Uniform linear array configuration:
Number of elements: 64
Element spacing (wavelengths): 1
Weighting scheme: hann
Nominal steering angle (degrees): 60
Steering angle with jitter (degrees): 61.876
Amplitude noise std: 0.05
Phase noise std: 0.05

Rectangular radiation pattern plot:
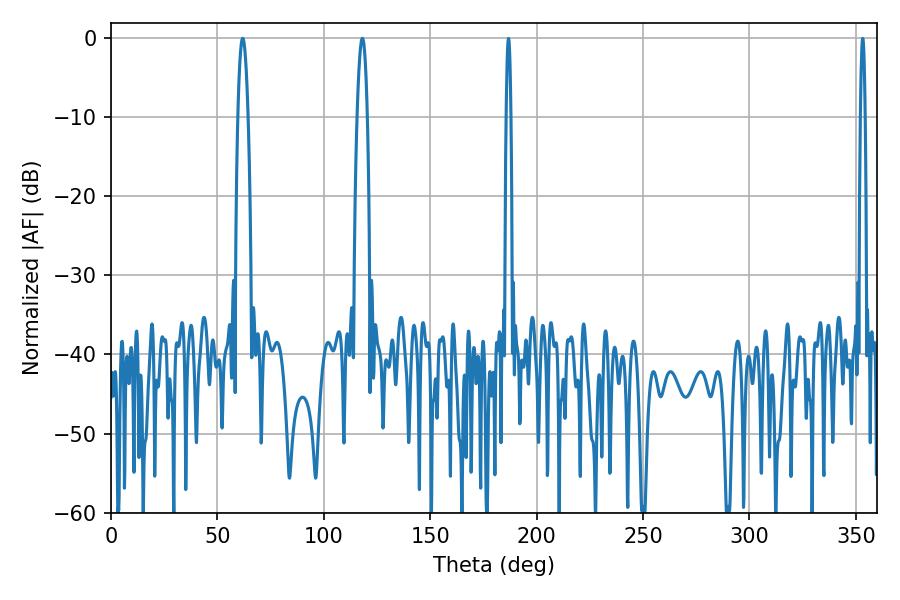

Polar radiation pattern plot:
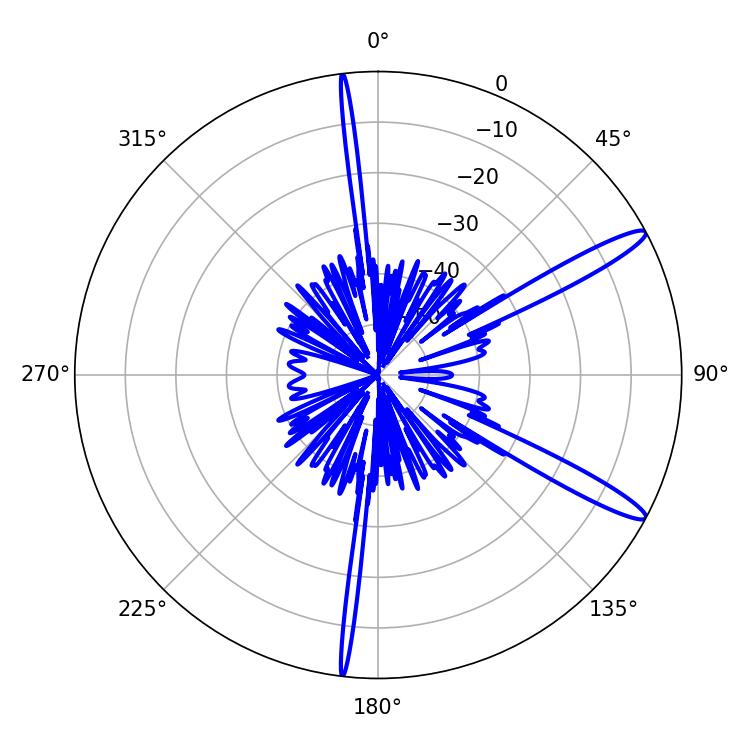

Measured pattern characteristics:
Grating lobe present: TRUE
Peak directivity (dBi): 13.789
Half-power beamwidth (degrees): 2.52
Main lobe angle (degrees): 61.92